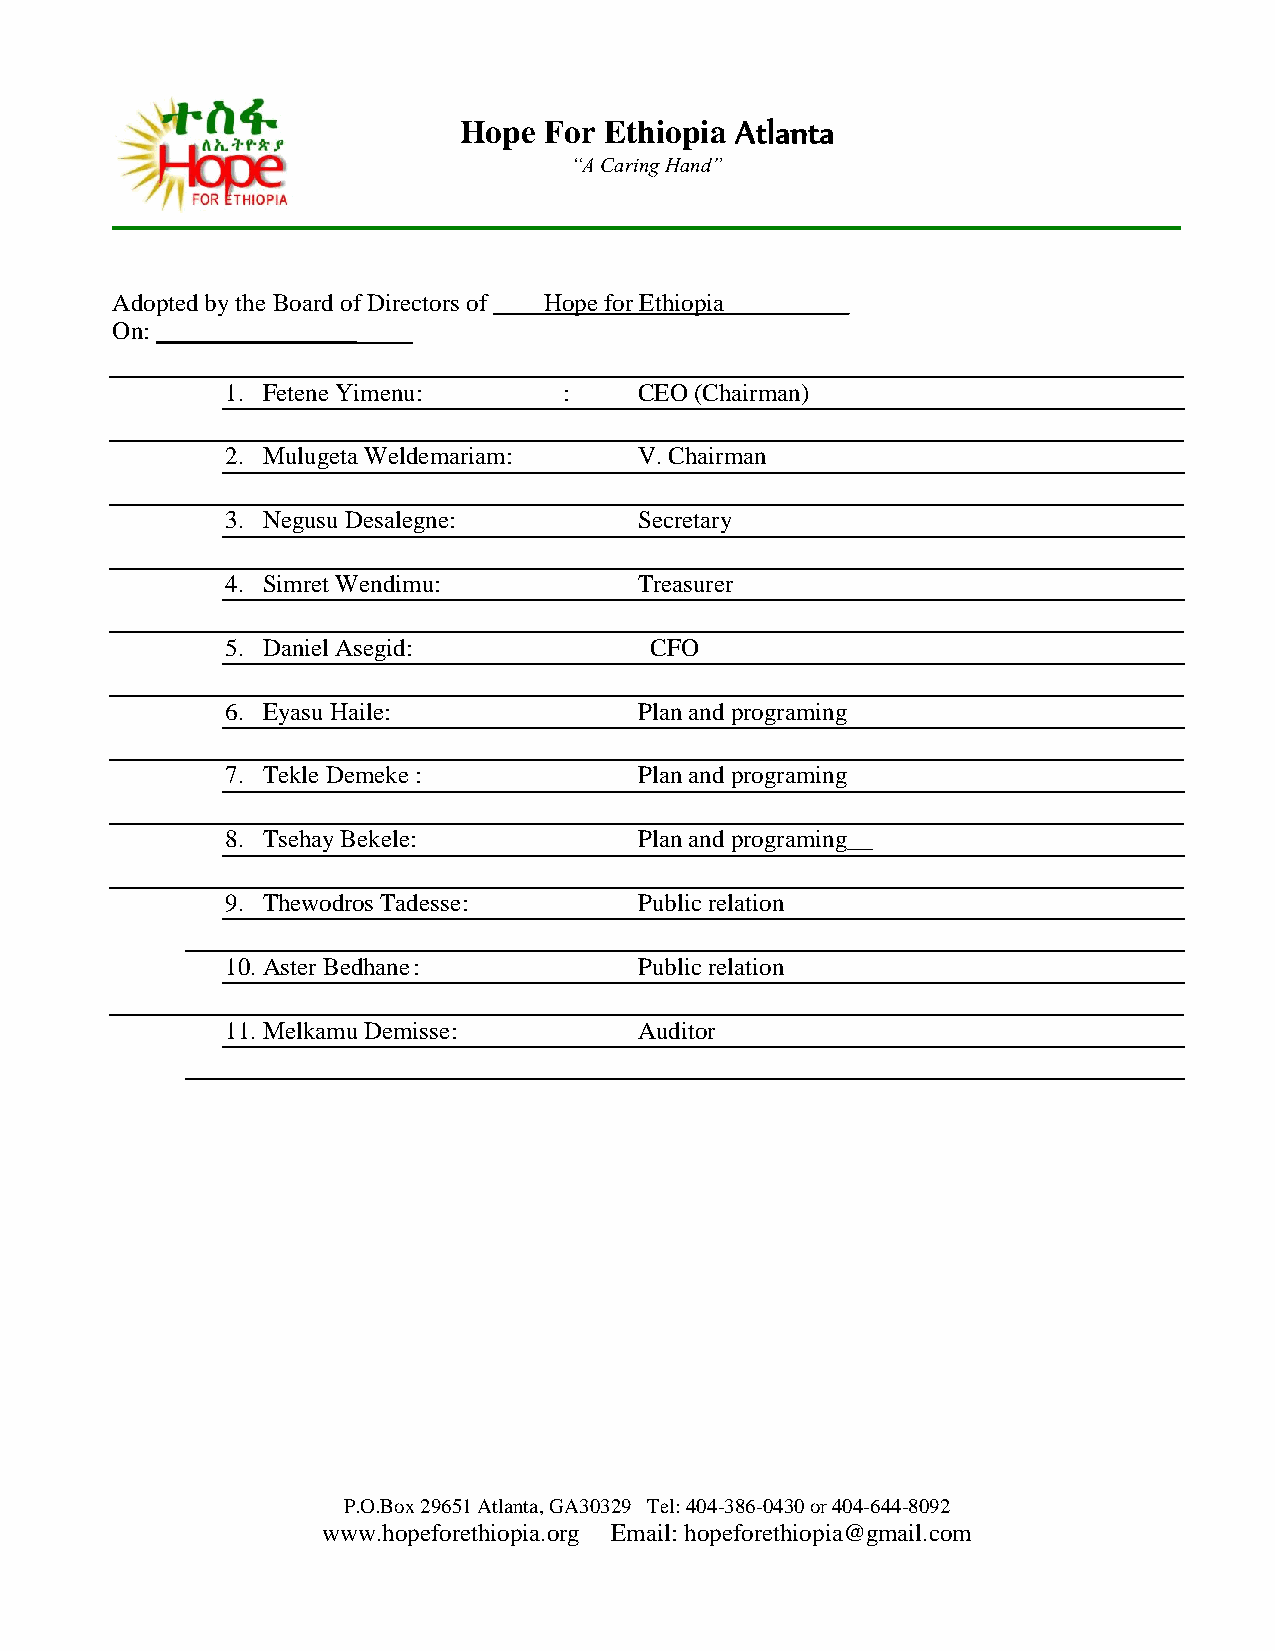
Hope  For Ethiopia Atlanta
 “A Caring Hand”
 Adopted by the Board of Directors of ____Hope for Ethiopia__________
 On: ________________
 1. Fetene Yimenu:     :    CEO (Chairman)
 2. Mulugeta Weldemariam:   V. Chairman
 3. Negusu Desalegne:       Secretary
 4. Simret Wendimu:         Treasurer
 5. Daniel Asegid:           CFO
 6. Eyasu Haile:            Plan and programing
 7. Tekle Demeke :          Plan and programing
 8. Tsehay Bekele:          Plan and programing__
 9. Thewodros Tadesse:      Public relation
 10. Aster Bedhane :        Public relation
 11. Melkamu Demisse:       Auditor
 P.O.Box 29651 Atlanta, GA30329 Tel: 404-386-0430 or 404-644-8092
 www.hopeforethiopia.org Email: hopeforethiopia@gmail.com